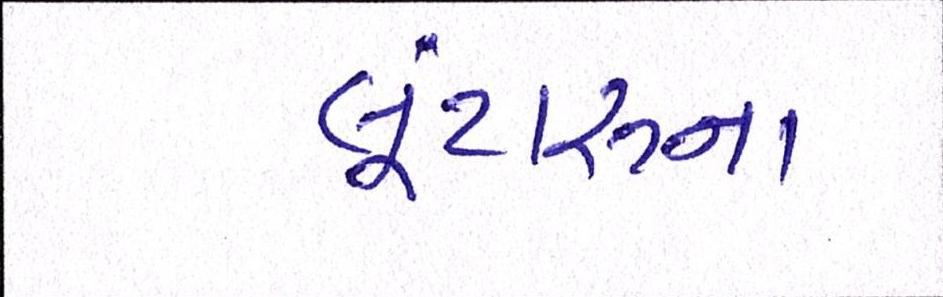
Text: લૂંટારુના